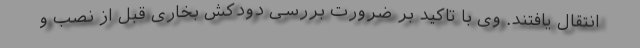
انتقال یافتند. وی با تاکید بر ضرورت بررسی دودکش بخاری قبل از نصب و